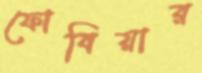
ফোবিয়ার